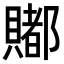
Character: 𧷿